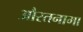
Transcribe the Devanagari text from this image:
औरतनामा